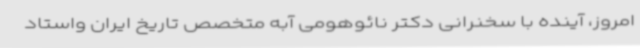
امروز، آینده با سخنرانی دکتر نائوهومی آبه متخصص تاریخ ایران واستاد